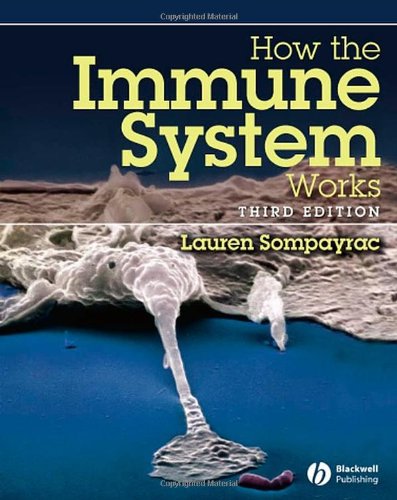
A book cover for How the Immune System Works (Blackwell's How It Works); Lauren M. Sompayrac; Health, Fitness & Dieting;